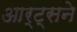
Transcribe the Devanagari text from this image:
आर्ट्‌सने